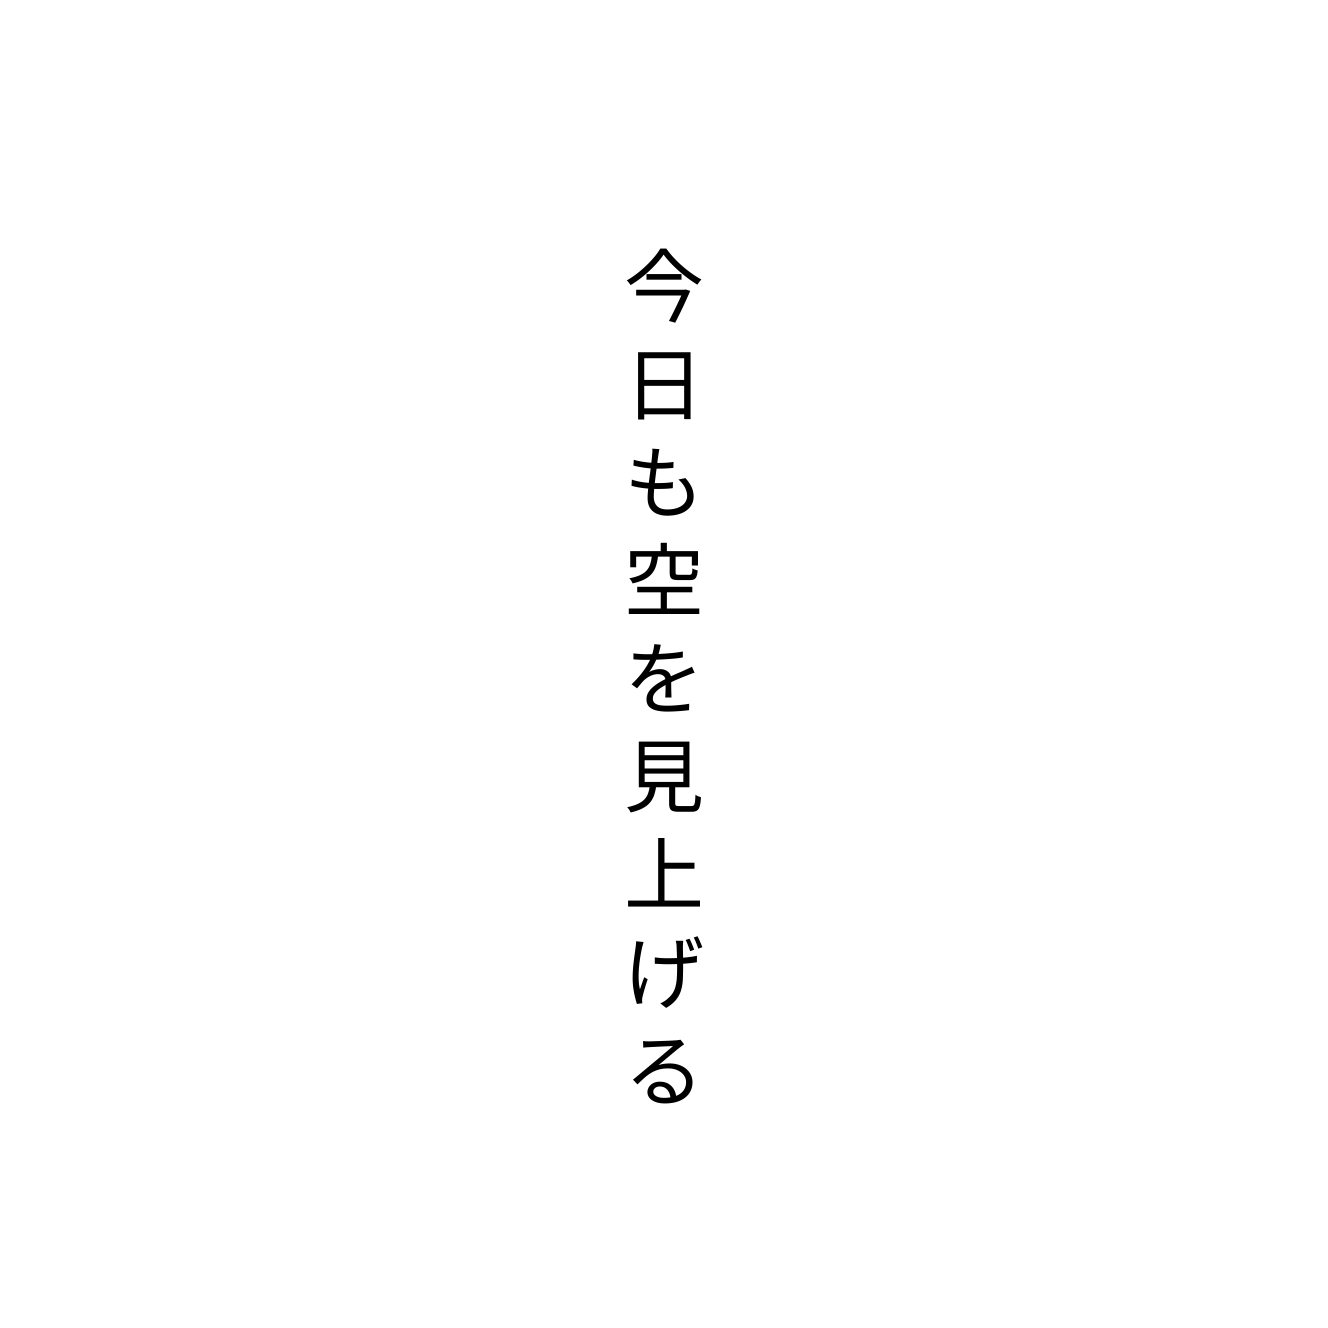
今日も空を見上げる